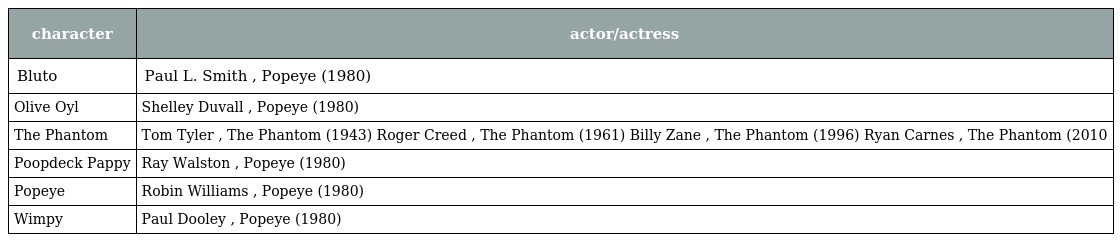
| character | actor/actress |
 | --- | --- |
 | Bluto | Paul L. Smith , Popeye (1980) |
 | Olive Oyl | Shelley Duvall , Popeye (1980) |
 | The Phantom | Tom Tyler , The Phantom (1943) Roger Creed , The Phantom (1961) Billy Zane , The Phantom (1996) Ryan Carnes , The Phantom (2010 |
 | Poopdeck Pappy | Ray Walston , Popeye (1980) |
 | Popeye | Robin Williams , Popeye (1980) |
 | Wimpy | Paul Dooley , Popeye (1980) |